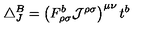
\triangle _ { J } ^ { B } = \left( F _ { \rho \sigma } ^ { b } { \cal { J } } ^ { \rho \sigma } \right) ^ { \mu \nu } t ^ { b }